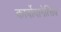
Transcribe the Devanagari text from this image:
कार्बोवानेत्सिव